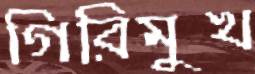
গিরিমুখ